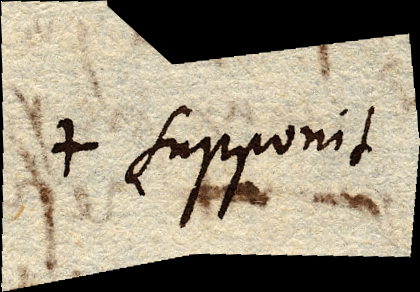
+ supponit